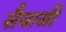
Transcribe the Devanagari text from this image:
सैयाजी